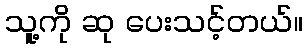
သူ့ကို ဆု ပေးသင့်တယ်။